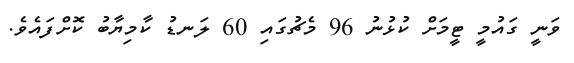
ވަނީ ގައުމީ ޓީމަށް ކުޅުނު 96 މެޗުގައި 60 ލަނޑު ކާމިޔާބު ކޮށްފައެވެ.